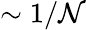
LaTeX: \sim1/\mathcal{N}